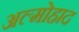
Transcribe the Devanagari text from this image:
अल्मोहाद